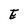
Character: E